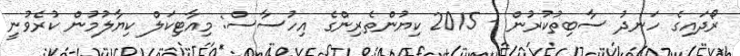
ރޯދައިގެ ހަނދު ސާބިތުކުރުން - 2015 ކިޔުންތެރިންގެ އިހުސާސް: މިއާޓިކަލް ކިޔާލުމުން ކުރެވުނީ